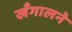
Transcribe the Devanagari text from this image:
खँगालने